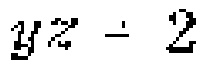
$yz \div 2$